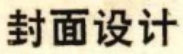
封面设计